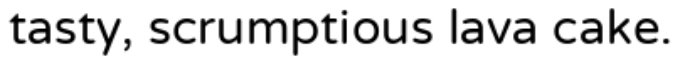
tasty, scrumptious lava cake.